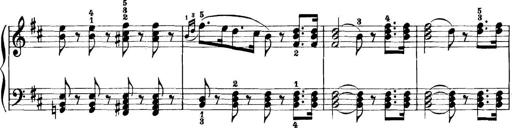
Title: 11 Sonatinas
Composer: Anton Diabelli